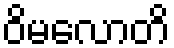
ဝိမလောတိ